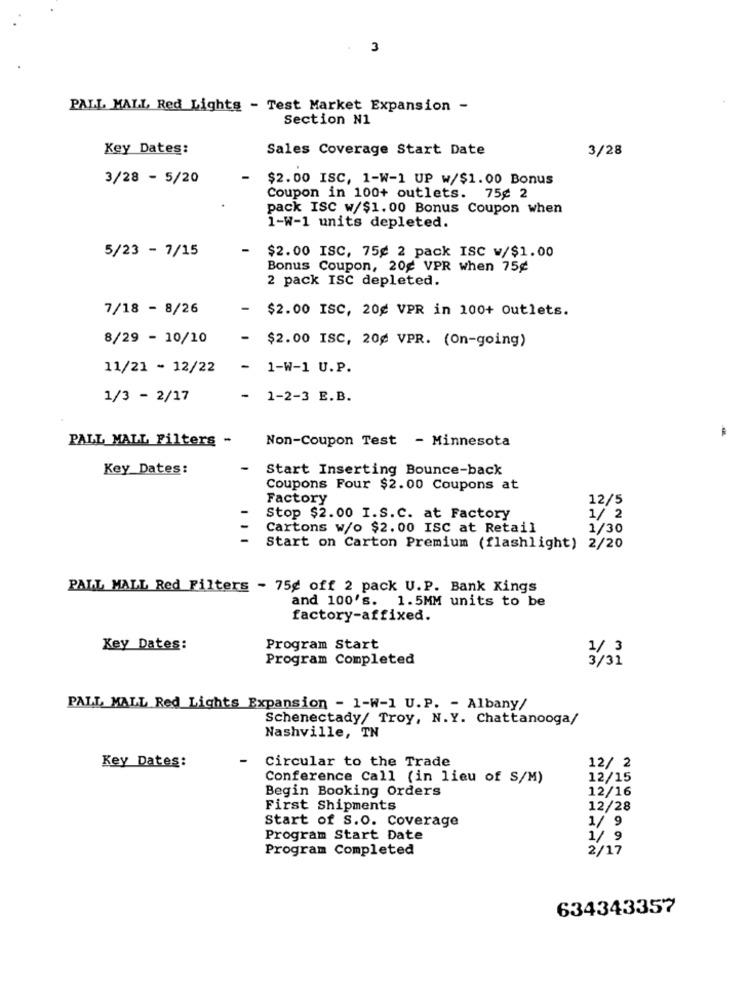
3
PALL MALL Red Lights - Test Market Expansion -
Section N1
Key Dates:
Sales Coverage Start Date
3/28
3/28 - 5/20
$2.00 ISC, 1-W-1 UP w/$1.00 Bonus
Coupon in 100+ outlets. 75¢ 2
pack ISC w/$1.00 Bonus Coupon when
1-W-1 units depleted.
5/23 - 7/15
$2.00 ISC, 75g 2 pack ISC w/$1.00
Bonus Coupon, 20g VPR when 75g
2 pack ISC depleted.
7/18 - 8/26
-
$2.00 ISC, 20g VPR in 100+ Outlets.
8/29 - 10/10
- $2.00 ISC, 20g VPR. (On-going)
11/21 - 12/22
- 1-W-1 U.P.
1/3 - 2/17
- 1-2-3 E.B.
PALL MALL Filters -
Non-Coupon Test - Minnesota
Key_Dates:
-
Start Inserting Bounce-back
Coupons Four $2.00 Coupons at
Factory
12/5
Stop $2.00 I.S.C. at Factory
1/ 2
Cartons w/o $2.00 ISC at Retail
1/30
Start on Carton Premium (flashlight) 2/20
PALL MALL Red Filters - 75g off 2 pack U.P. Bank Kings
and 100's.
1.5MM units to be
factory-affixed.
Key Dates:
Program Start
1/ 3
Program Completed
3/31
PALL MALL Red Lights Expansion - 1-W-1 U.P. - Albany/
Schenectady/ Troy, N.Y. Chattanooga/
Nashville, TN
-
Circular to the Trade
Key Dates:
12/ 2
Conference Call (in lieu of S/M)
12/15
Begin Booking Orders
12/16
First Shipments
12/28
Start of S.O. Coverage
1/ 9
Program Start Date
1/ 9
Program Completed
2/17
634343357